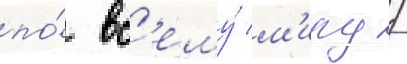
по́ вс'ему́ м'иру /